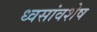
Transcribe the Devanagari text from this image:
ध्वसांवशेष